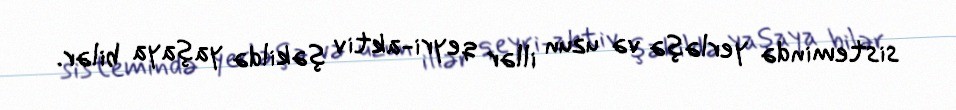
sistemində yerləşə və uzun illər qeyri-aktiv şəkildə yaşaya bilər.